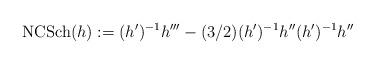
LaTeX: \begin{align*}{\rm NCSch}(h):=(h')^{-1}h''' - (3/2)(h')^{-1}h''(h')^{-1}h'' \end{align*}